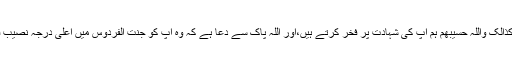
نحسبھم کذالک واللہ حسیبھم ہم آپ کی شہادت پر فخر کرتے ہیں،اور اللہ پاک سے دعا ہے کہ وہ آپ کو جنت الفردوس میں اعلیٰ درجہ نصیب فرمائے۔